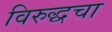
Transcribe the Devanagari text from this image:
विरुद्धचा